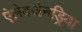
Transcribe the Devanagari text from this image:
ऐलेक्जेनड्रिया